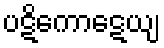
ပဋိကောဋေယျ